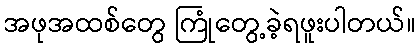
အဖုအထစ်တွေ ကြုံတွေ့ခဲ့ရဖူးပါတယ်။